Indian journal of veterinary science and animal husbandry - Volume 1,
Year: 1931
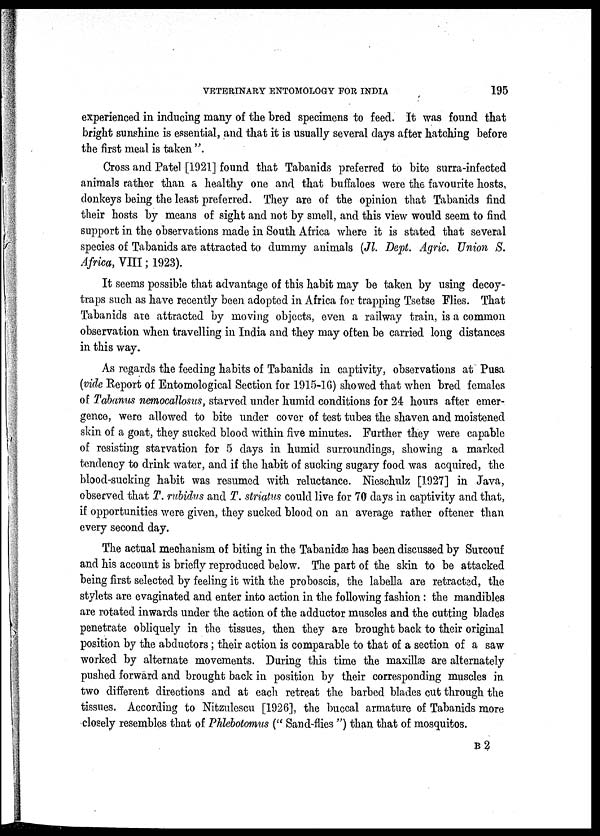
VETERINARY ENTOMOLOGY FOR INDIA
195
experienced in inducing many of the bred specimens to feed. It was found that
bright sunshine is essential, and that it is usually several days after hatching before
the first meal is taken ".
Cross and Patel [1921] found that Tabanids preferred to bite surra-infected
animals rather than a healthy one and that buffaloes were the favourite hosts,
donkeys being the least preferred. They are of the opinion that Tabanids find
their hosts by means of sight and not by smell, and this view would seem to find
support in the observations made in South Africa where it is stated that several
species of Tabanids are attracted to dummy animals (Jl. Dept. Agric. Union S.
Africa, VIII ; 1923).
It seems possible that advantage of this habit may be taken by using decoy-
traps such as have recently been adopted in Africa for trapping Tsetse Flies. That
Tabanids are attracted by moving objects, even a railway train, is a common
observation when travelling in India and they may often be carried long distances
in this way.
As regards the feeding habits of Tabanids in captivity, observations at Pusa
(vide Report of Entomological Section for 1915-16) showed that when bred females
of Tabanus nemocallosus, starved under humid conditions for 24 hours after emer-
gence, were allowed to bite under cover of test tubes the shaven and moistened
skin of a goat, they sucked blood within five minutes. Further they were capable
of resisting starvation for 5 days in humid surroundings, showing a marked
tendency to drink water, and if the habit of sucking sugary food was acquired, the
blood-sucking habit was resumed with reluctance. Nieschulz [1927] in Java,
observed that T. rubidus and T. striatus could live for 70 days in captivity and that,
if opportunities were given, they sucked blood on an average rather oftener than
every second day.
The actual mechanism of biting in the Tabanidæ has been discussed by Surcouf
and his account is briefly reproduced below. The part of the skin to be attacked
being first selected by feeling it with the proboscis, the labella are retracted, the
stylets are evaginated and enter into action in the following fashion: the mandibles
are rotated inwards under the action of the adductor muscles and the cutting blades
penetrate obliquely in the tissues, then they are brought back to their original
position by the abductors; their action is comparable to that of a section of a saw
worked by alternate movements. During this time the maxillæ are alternately
pushed forward and brought back in position by their corresponding muscles in.
two different directions and at each retreat the barbed blades cut through the
tissues. According to Nitzulescu [1926], the buccal armature of Tabanids more
closely resembles that of Phlebotomus (" Sand-flies ") than that of mosquitos.
B 2